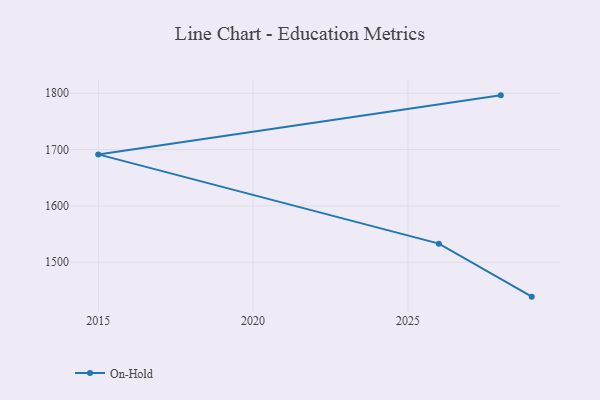
{"axis": {"x": "Year", "y": "Budget (USD K)"}, "legend": ["On-Hold"], "data": [{"x": "2029", "y": 1439.0, "type": "On-Hold"}, {"x": "2026", "y": 1533.1, "type": "On-Hold"}, {"x": "2015", "y": 1691.5, "type": "On-Hold"}, {"x": "2028", "y": 1796.3, "type": "On-Hold"}]}